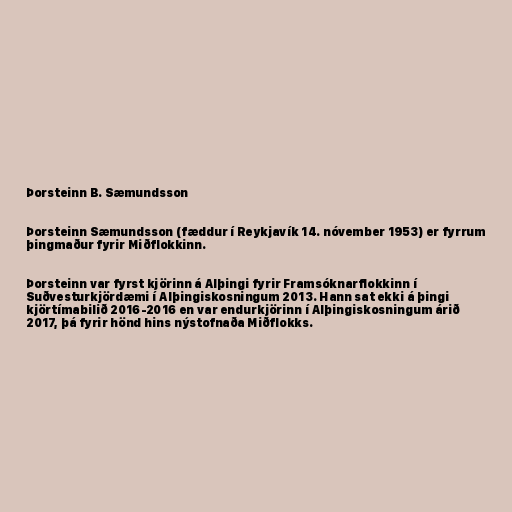
Þorsteinn B. Sæmundsson

Þorsteinn Sæmundsson (fæddur í Reykjavík 14. nóvember 1953) er fyrrum
þingmaður fyrir Miðflokkinn.

Þorsteinn var fyrst kjörinn á Alþingi fyrir Framsóknarflokkinn í
Suðvesturkjördæmi í Alþingiskosningum 2013. Hann sat ekki á þingi
kjörtímabilið 2016-2016 en var endurkjörinn í Alþingiskosningum árið
2017, þá fyrir hönd hins nýstofnaða Miðflokks.